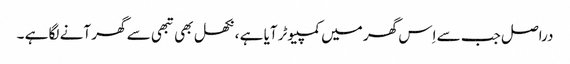
دراصل جب سے اِس گھر میں کمپیوٹر آیا ہے ، نکھل بھی تبھی سے گھر آنے لگا ہے ۔